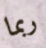
ربما